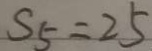
S _ { 5 } = 2 5